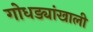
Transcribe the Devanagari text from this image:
गोधड्यांखाली